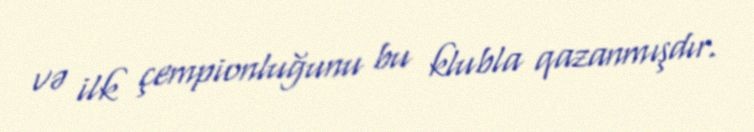
və ilk çempionluğunu bu klubla qazanmışdır.